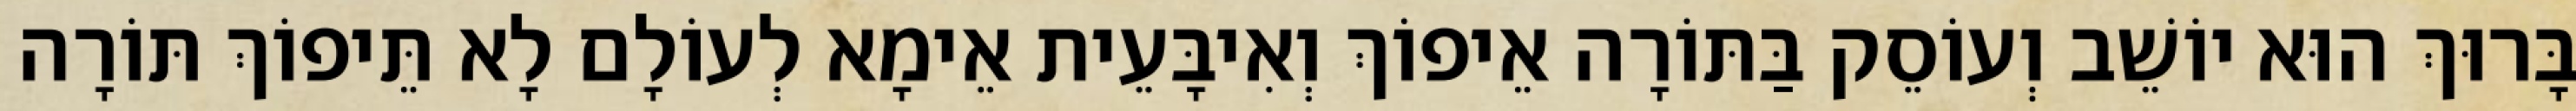
בָּרוּךְ הוּא יוֹשֵׁב וְעוֹסֵק בַּתּוֹרָה אֵיפוֹךְ וְאִיבָּעֵית אֵימָא לְעוֹלָם לָא תֵּיפוֹךְ תּוֹרָה